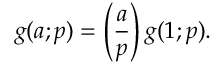
g ( a ; p ) = \left( { \frac { a } { p } } \right) g ( 1 ; p ) .